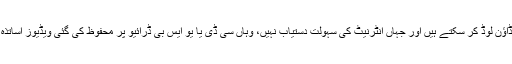
وہ خود انہیں انٹرنیٹ سے ڈاﺅن لوڈ کر سکتے ہیں اور جہاں انٹرنیٹ کی سہولت دستیاب نہیں، وہاں سی ڈی یا یو ایس بی ڈرائیو پر محفوظ کی گئی ویڈیوز اساتذہ کو فراہم کی جا سکتی ہیں۔